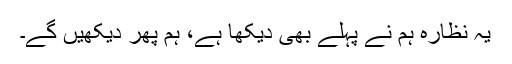
یہ نظارہ ہم نے پہلے بھی دیکھا ہے، ہم پھر دیکھیں گے۔